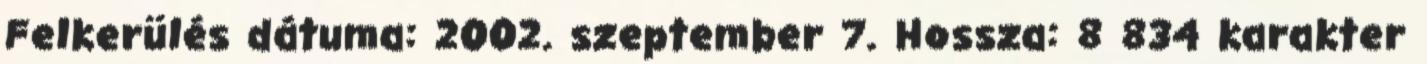
Felkerülés dátuma: 2002. szeptember 7. Hossza: 8 834 karakter